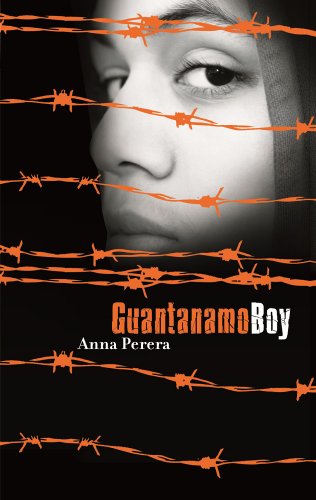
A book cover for Guantanamo Boy; Anna Perera; Teen & Young Adult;